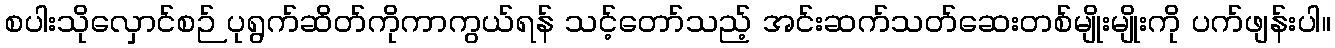
စပါးသိုလှောင်စဉ် ပုရွက်ဆိတ်ကိုကာကွယ်ရန် သင့်တော်သည့် အင်းဆက်သတ်ဆေးတစ်မျိုးမျိုးကို ပက်ဖျန်းပါ။